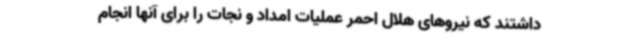
داشتند که نیروهای هلال احمر عملیات امداد و نجات را برای آنها انجام